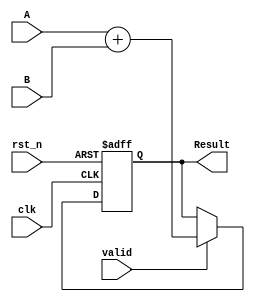
module adder (
    input clk,
    input rst_n,
    input valid,
    input [15:0] A,
    input [15:0] B,

    output [16:0] Result
    
);

reg [16:0] result;


/******************************************************

16 bits adder
2 16-bits input
1 17-bits output

******************************************************/

always @(posedge clk or negedge rst_n) begin

    // reset the registers
    if( !rst_n ) begin
        result <= 17'h0000;
    end

    else begin
        // Start add operation when it is ready
        if( valid ) begin
            result <= A + B;
        end
    end
end

assign Result = result;

endmodule